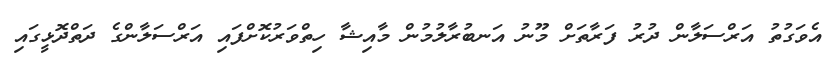
އެވަގުތު އަރްސަލާން ދުރު ފަރާތަށް މޫނު އަނބުރާލުމުން މާއިޝާ ހިތްވަރުކޮށްފައި އަރްސަލާންގެ ދަތްދޮޅީގައި